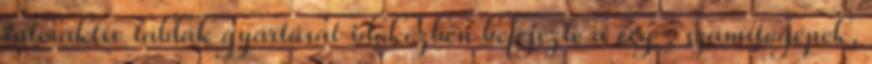
interaktív táblák gyártását időközben befejezte a cég , számítógépek,